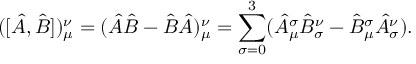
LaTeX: ( [ \hat { A } , \hat { B } ] ) _ { \mu } ^ { \nu } = ( \hat { A } \hat { B } - \hat { B } \hat { A } ) _ { \mu } ^ { \nu } = \sum _ { \sigma = 0 } ^ { 3 } ( \hat { A } _ { \mu } ^ { \sigma } \hat { B } _ { \sigma } ^ { \nu } - \hat { B } _ { \mu } ^ { \sigma } \hat { A } _ { \sigma } ^ { \nu } ) .